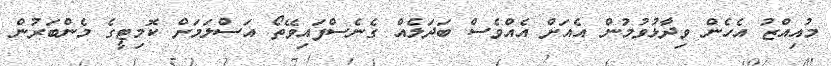
މުއިއްޒު އެހެން ވިދާޅުވުމުން އެއަށް އެއްވެސް ބަދަލެއް ގެނެސްފައިވޭތޯ އަސްލަމަށް ކޮމިޓީގެ މެންބަރުން